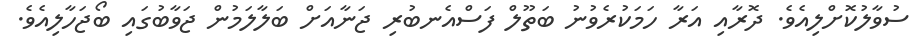
ސުވާލުކޮށްލިއެވެ. ދޮރާއި އަރާ ހަމަކުރެވުނު ބަތޫލް ފަސްއެނބުރި ޖަނާއަށް ބަލާލަމުން ޖަވާބުގައި ބޯޖަހާލިއެވެ.